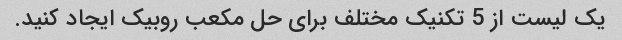
یک لیست از 5 تکنیک مختلف برای حل مکعب روبیک ایجاد کنید.